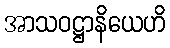
အာသဝဋ္ဌာနိယေဟိ